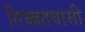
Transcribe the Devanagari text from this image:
तिब्बतवासी